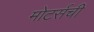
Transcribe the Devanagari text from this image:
मोटर्सची